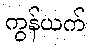
ကွန်ယက်